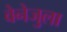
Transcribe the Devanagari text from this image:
वेनेजुला